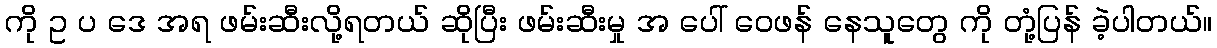
ကို ဥ ပ ဒေ အရ ဖမ်းဆီးလို့ရတယ် ဆိုပြီး ဖမ်းဆီးမှု အ ပေါ် ဝေဖန် နေသူတွေ ကို တုံ့ပြန် ခဲ့ပါတယ်။